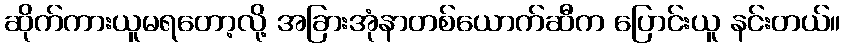
ဆိုက်ကားယူမရတော့လို့ အခြားအုံနာတစ်ယောက်ဆီက ပြောင်းယူ နင်းတယ်။